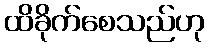
ထိခိုက်စေသည်ဟု